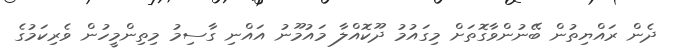
ދެން ރައްޔިތުން ބޭނުންވާގޮތަށް މިގައުމު ދޫކޮއްލާ މައުމޫނު އައްނި ގާސިމު މިތިންމީހުން ވެރިކަމުގެ